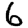
Digit: 6